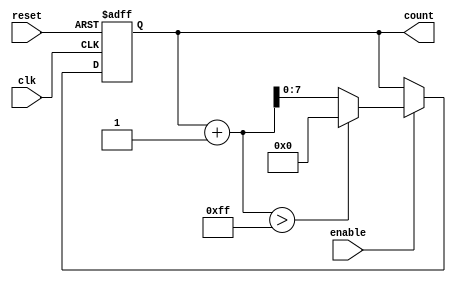
module incremental_counter #(
    parameter INITIAL_VALUE = 0,  // Initial value for the counter
    parameter STEP_SIZE = 1,       // Step size for incrementing
    parameter MAX_VALUE = 255       // Maximum value for the counter
)(
    input wire clk,                // Clock input
    input wire reset,              // Asynchronous reset
    input wire enable,             // Enable signal
    output reg [7:0] count         // Current count value (8-bit)
);

    // Initial block to set the initial count value
    initial begin
        count = INITIAL_VALUE;
    end

    // Always block for counting logic
    always @(posedge clk or posedge reset) begin
        if (reset) begin
            count <= INITIAL_VALUE; // Reset the counter to initial value
        end else if (enable) begin
            if (count + STEP_SIZE > MAX_VALUE) begin
                count <= 0; // Wrap around to zero if maximum value is exceeded
            end else begin
                count <= count + STEP_SIZE; // Increment the counter by step size
            end
        end
    end

endmodule